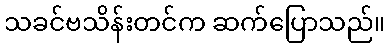
သခင်ဗသိန်းတင်က ဆက်ပြောသည်။